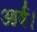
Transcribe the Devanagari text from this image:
आर्ष।